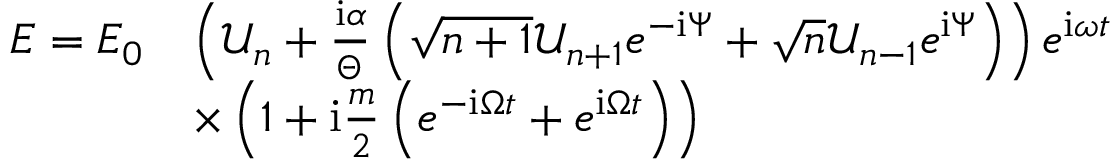
\begin{array} { r l } { E = E _ { 0 } } & { \left( \mathcal { U } _ { n } + \frac { \mathrm { i } \alpha } { \Theta } \left( \sqrt { n + 1 } \mathcal { U } _ { n + 1 } e ^ { - \mathrm { i } \Psi } + \sqrt { n } \mathcal { U } _ { n - 1 } e ^ { \mathrm { i } \Psi } \right) \right) e ^ { \mathrm { i } \omega t } } \\ & { \times \left( 1 + \mathrm { i } \frac { m } { 2 } \left( e ^ { - \mathrm { i } \Omega t } + e ^ { \mathrm { i } \Omega t } \right) \right) } \end{array}